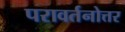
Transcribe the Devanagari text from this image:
परावर्तनोत्तर